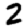
Digit: 2